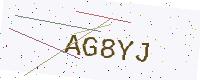
Text: AG8YJ